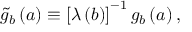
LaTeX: \tilde { g } _ { b } \left( a \right) \equiv \left[ \lambda \left( b \right) \right] ^ { - 1 } g _ { b } \left( a \right) ,